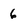
Character: 6